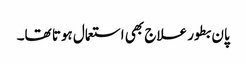
پان بطور علاج بھی استعمال ہوتا تھا۔